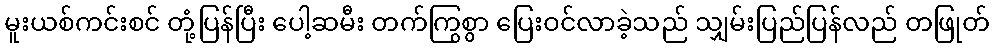
မူးယစ်ကင်းစင် တုံ့ပြန်ပြီး ပေါ့ဆမီး တက်ကြွစွာ ပြေးဝင်လာခဲ့သည် သျှမ်းပြည်ပြန်လည် တဖြုတ်